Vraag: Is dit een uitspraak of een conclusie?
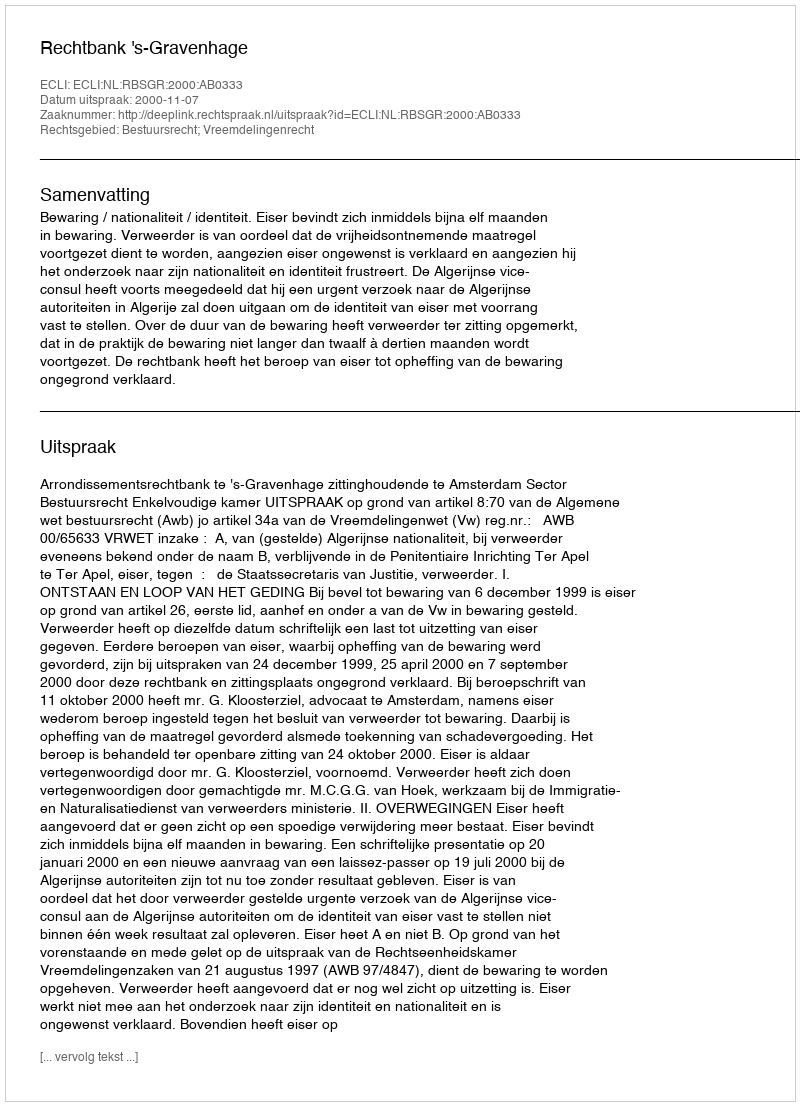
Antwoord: Uitspraak